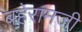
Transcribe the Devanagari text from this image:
बहेरामजी